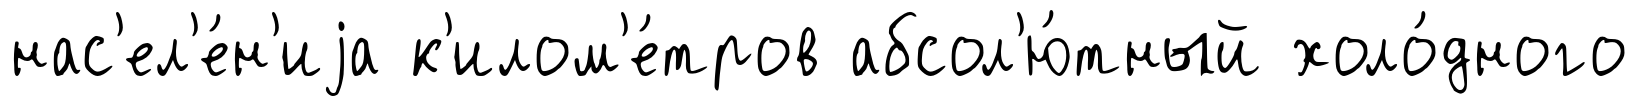
нас'ел'е́н'иjа к'илом'е́тров абсол'ю́тный холо́дного